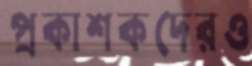
প্রকাশকদেরও